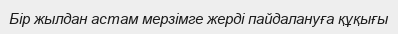
Бір жылдан астам мерзімге жерді пайдалануға құқығы